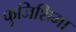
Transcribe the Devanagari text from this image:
फुजिशिमा